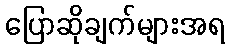
ပြောဆိုချက်များအရ